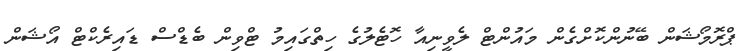
ޕްރޮމޯޝަން ބޭނުންކޮށްގެން މައުންޓް ލެވީނިއާ ހޮޓެލުގެ ހިތްގައިމު ޓްވިން ބެޑްސް ޑައިރެކްޓް އޯޝަން